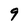
Character: 9